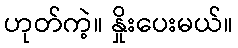
ဟုတ်ကဲ့။ နှိုးပေးမယ်။